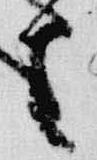
之